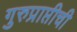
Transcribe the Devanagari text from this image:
गुरुप्राप्तीची